Annual report on the Civil Veterinary Department, Burma (including the Insein Veterinary School) - 1923-1931
Year: 1923
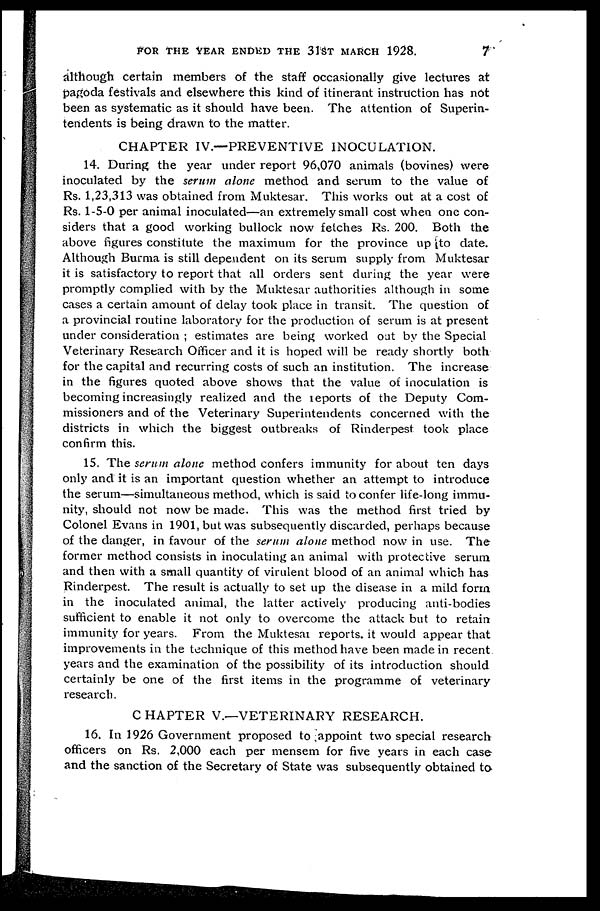
FOR THE YEAR ENDED THE 31ST MARCH 1928.
7
although certain members of the staff occasionally give lectures at
pagoda festivals and elsewhere this kind of itinerant instruction has not
been as systematic as it should have been. The attention of Superin-
tendents is being drawn to the matter.
CHAPTER IV.—PREVENTIVE INOCULATION.
14. During the year under report 96,070 animals (bovines) were
inoculated by the serum alone method and serum to the value of
Rs. 1,23,313 was obtained from Muktesar. This works out at a cost of
Rs. 1-5-0 per animal inoculated—an extremely small cost when one con-
siders that a good working bullock now fetches Rs. 200. Both the
above figures constitute the maximum for the province up to date.
Although Burma is still dependent on its serum supply from Muktesar
it is satisfactory to report that all orders sent during the year were
promptly complied with by the Muktesar authorities although in some
cases a certain amount of delay took place in transit. The question of
a provincial routine laboratory for the production of serum is at present
under consideration ; estimates are being worked oat by the Special
Veterinary Research Officer and it is hoped will be ready shortly both
for the capital and recurring costs of such an institution. The increase
in the figures quoted above shows that the value of inoculation is
becoming increasingly realized and the reports of the Deputy Com-
missioners and of the Veterinary Superintendents concerned with the
districts in which the biggest outbreaks of Rinderpest took place
confirm this.
15. The serum alone method confers immunity for about ten days
only and it is an important question whether an attempt to introduce
the serum—simultaneous method, which is said to confer life-long immu-
nity, should not now be made. This was the method first tried by
Colonel Evans in 1901, but was subsequently discarded, perhaps because
of the danger, in favour of the serum alone method now in use. The
former method consists in inoculating an animal with protective serum
and then with a small quantity of virulent blood of an animal which has
Rinderpest. The result is actually to set up the disease in a mild form
in the inoculated animal, the latter actively producing anti-bodies
sufficient to enable it not only to overcome the attack but to retain
immunity for years. From the Muktesar reports, it would appear that
improvements in the technique of this method have been made in recent
years and the examination of the possibility of its introduction should
certainly be one of the first items in the programme of veterinary
research.
CHAPTER V.—VETERINARY RESEARCH.
16. In 1926 Government proposed to appoint two special research
officers on Rs. 2,000 each per mensem for five years in each case
and the sanction of the Secretary of State was subsequently obtained to